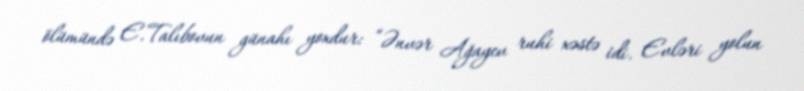
ölümündə E.Talıbovun günahı yoxdur: “Ənvər Ağayev ruhi xəstə idi. Evləri yolun